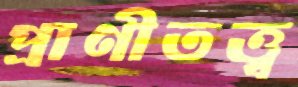
প্রাণীতত্ত্ব